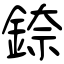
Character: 錼